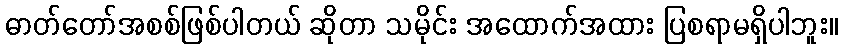
ဓာတ်တော်အစစ်ဖြစ်ပါတယ် ဆိုတာ သမိုင်း အထောက်အထား ပြစရာမရှိပါဘူး။